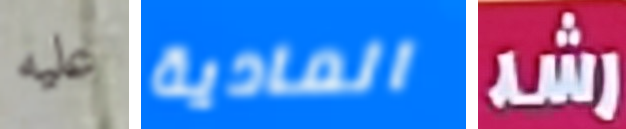
عليه المادية رشد